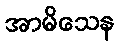
အာမိသေန